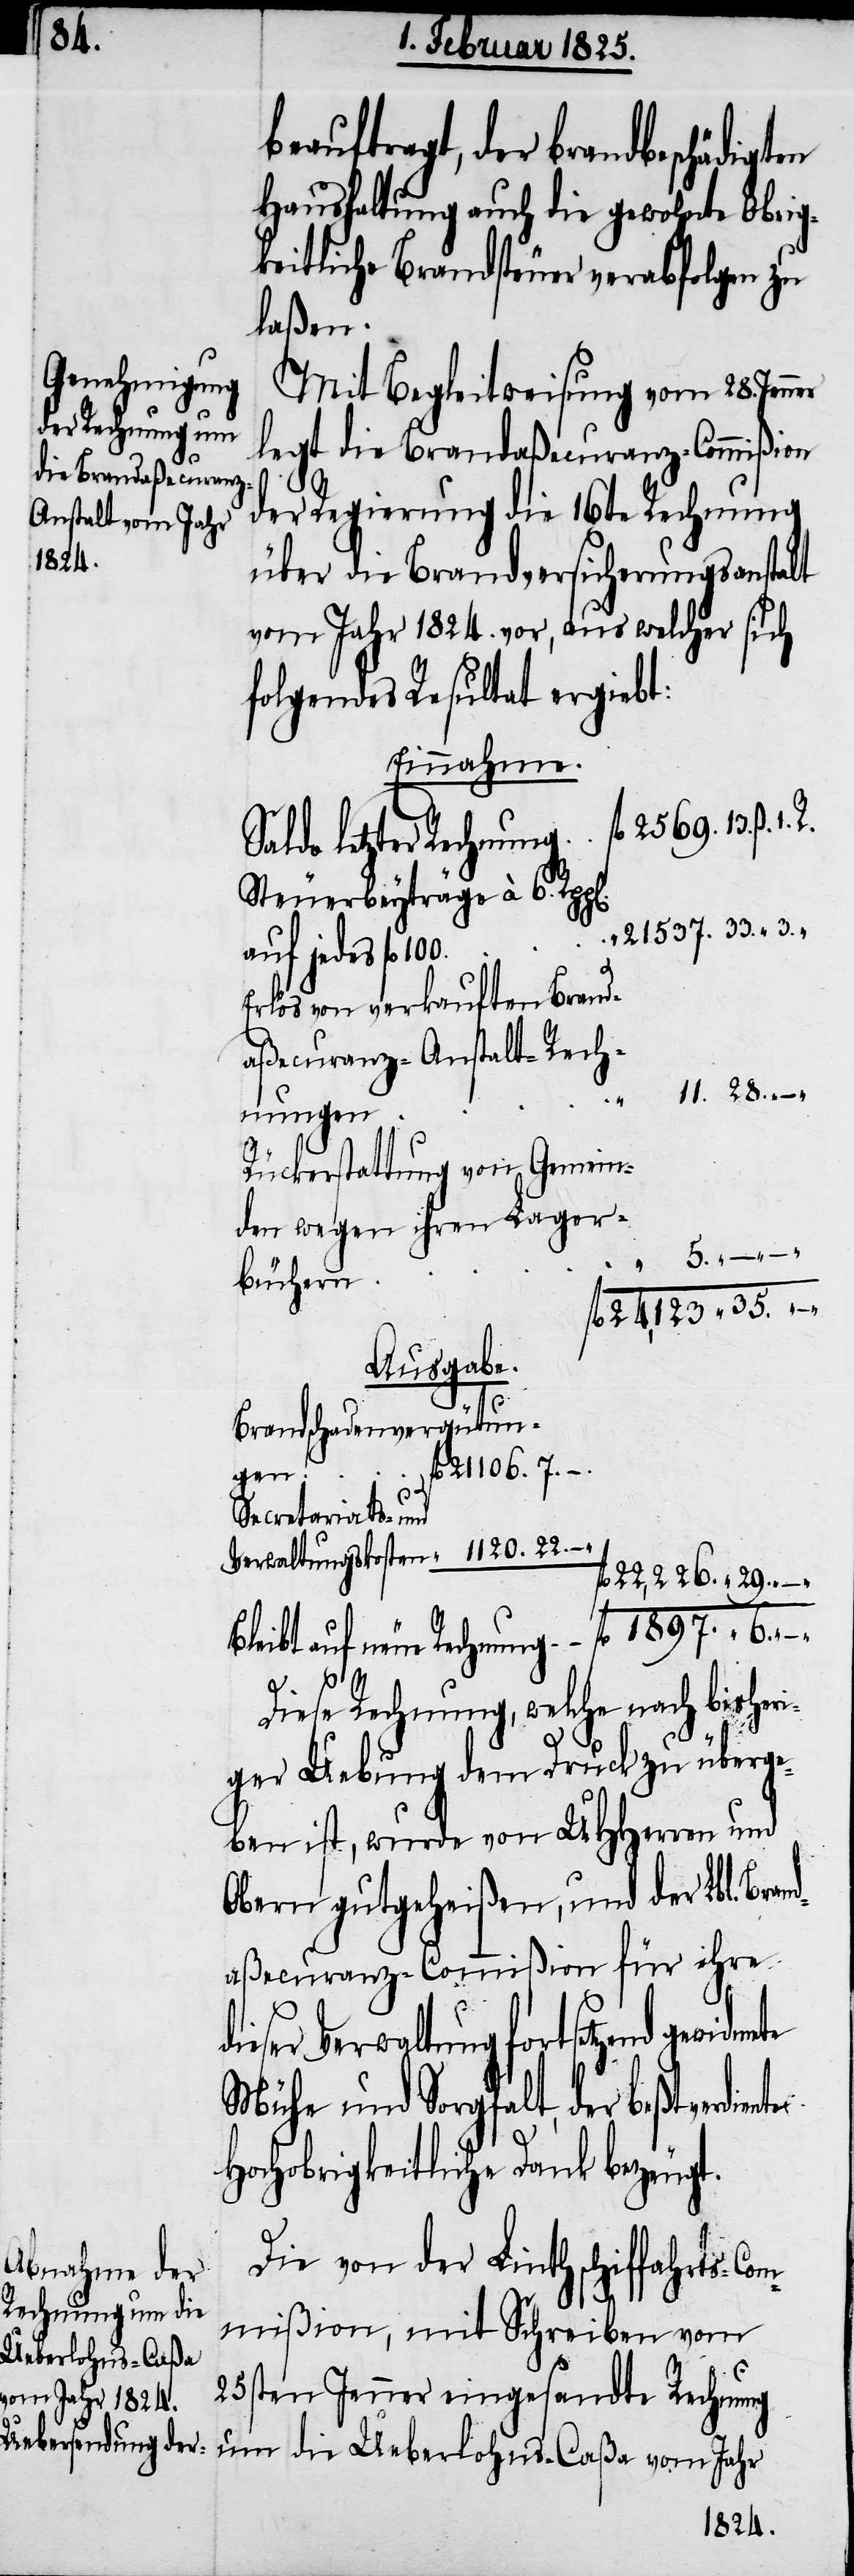
3.

beauftragt, der brandbeschädigten
Haushaltung auch die gewohnte Obrig¬
keitliche Brandsteuer verabfolgen zu
laßen.
Mit Begleitweisung vom 28. Jen¬
legt die Brandaßecuranz-Commißion
der Regierung die 16te Rechnung
über die Brandversicherungsanstalt
vom Jahr 1824. vor, aus welcher sich
folgendes Resultat ergiebt:
Einnahme.
auf neue Rechnung
Steuerbeyträge à 6.
auf jedes fl
Erlös von verkauften Brand¬
aßecuranz-Anstalt-Rech¬
d¬
nungen
Rückerstattung von Gemein¬
den wegen ihren Lager¬
büchern
Ausgabe.
Brandschadenvergütun¬
gen
Secretariats- und
22,226..
Diese Rechnung, welche nach bisheri¬
ger Uebung dem Druck zu überge¬
ben ist, wurde von UHHerren und
Obern gutgeheißen, und der Lbl. Bra¬
ndaßecuranz-Commißion für ihre
ieser Verwaltung fortsetzend
Mühe und Sorgfalt, der beßtverdiente
Hochobrigkeitliche Dank bezeugt.
Die von der Linthschiffahrts-Co¬
mmißion, mit Schreiben vom
25sten Jenner eingesandte Rechnung
um die Ueberlohns-Caßa vom Jahr